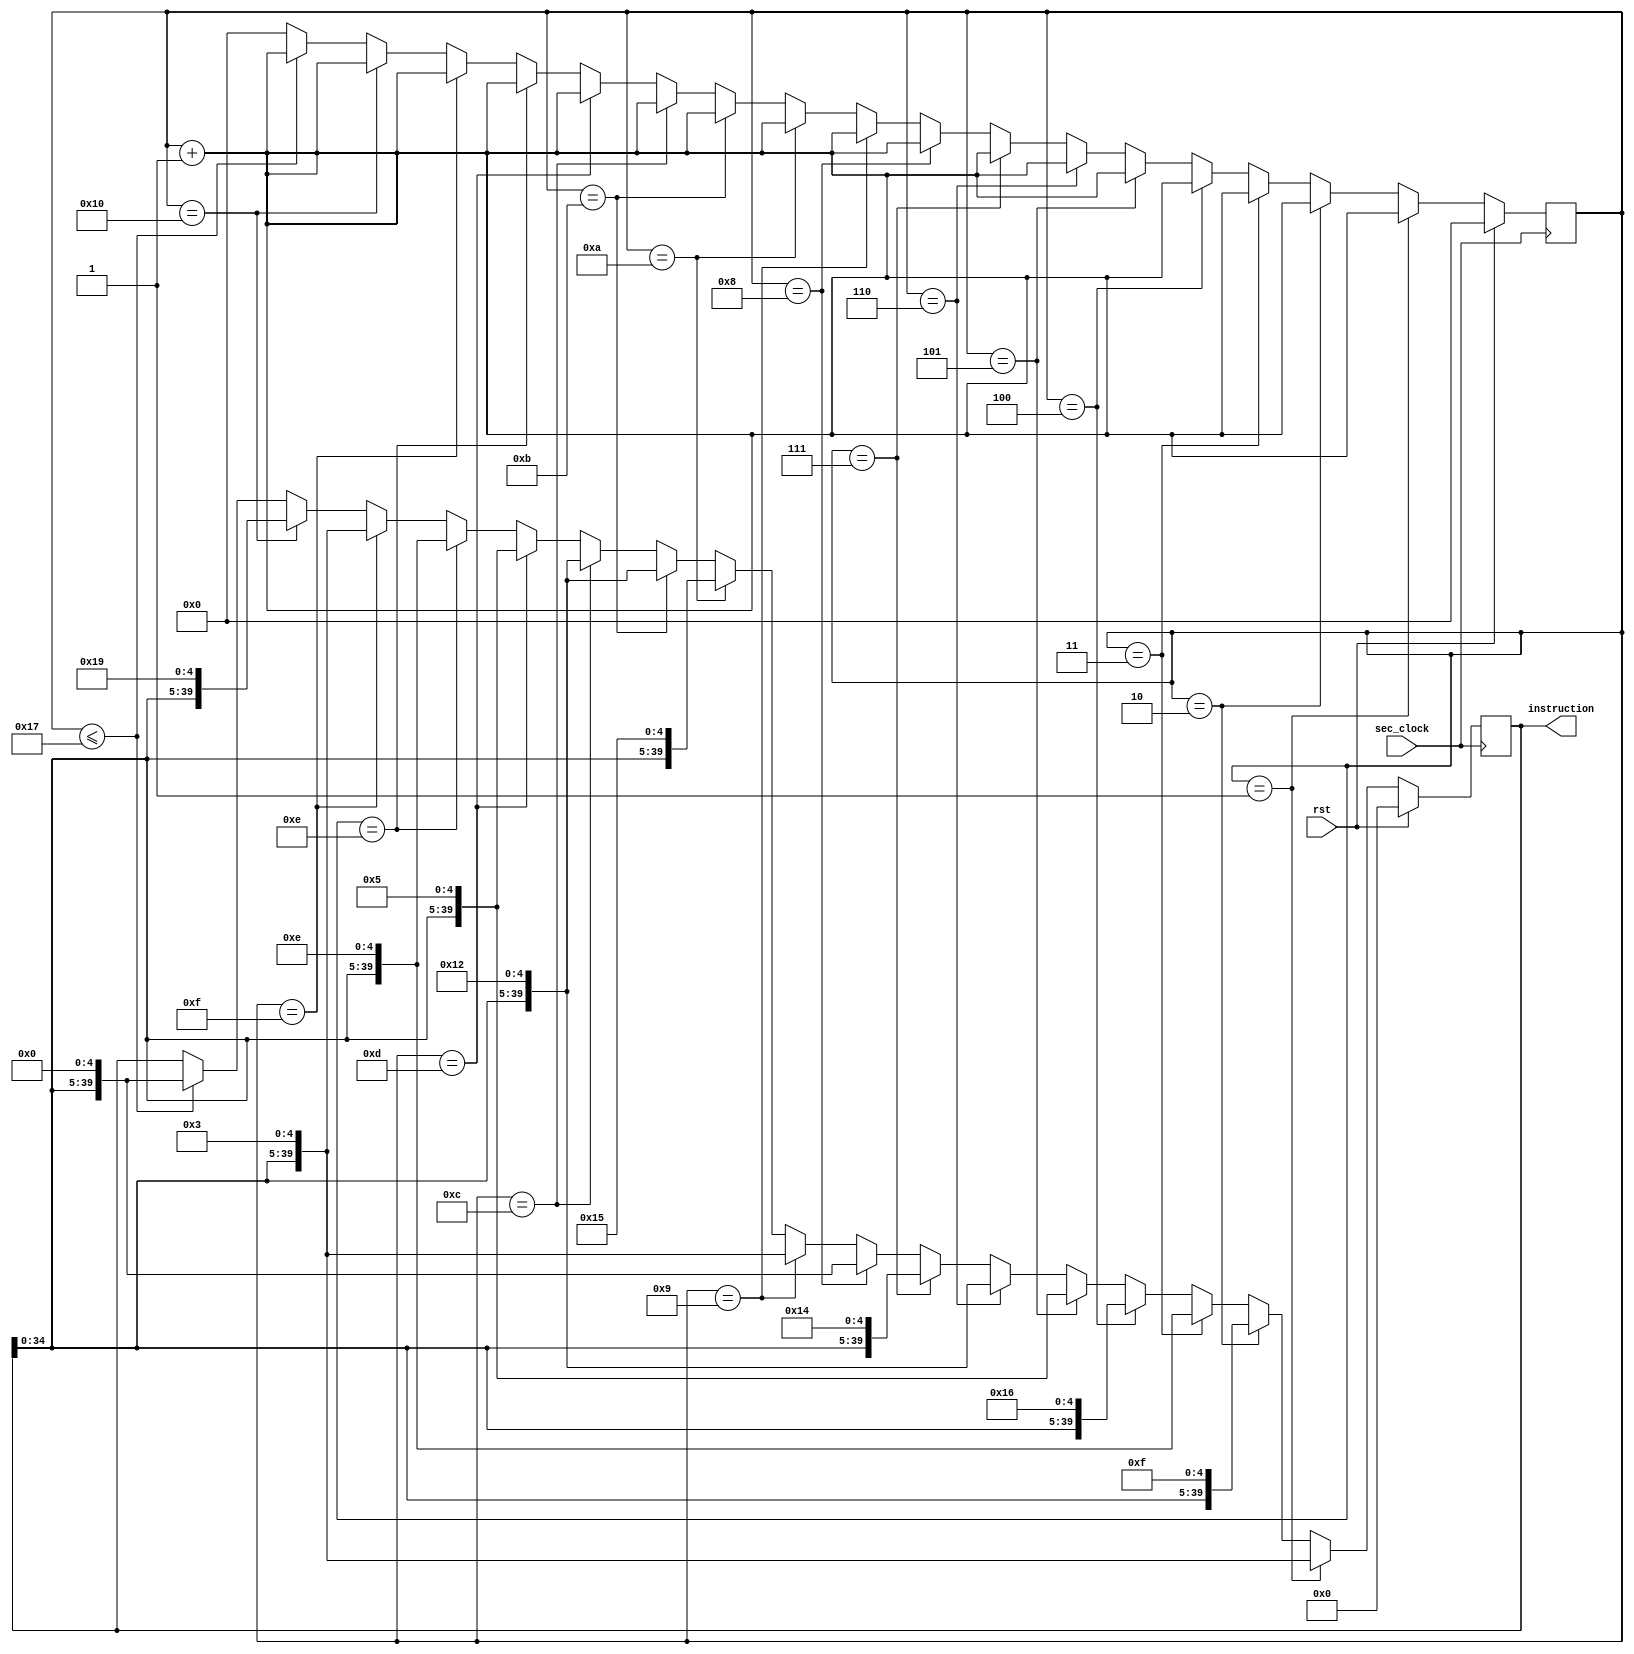
`timescale 1ns / 1ps
//////////////////////////////////////////////////////////////////////////////////
// Company: 
// Engineer: 
// 
// Design Name: 
// Module Name: convert_currency
// Project Name: 
// Target Devices: 
// Tool Versions: 
// Description: 
// 
// Dependencies: 
// 
// Revision:
// Revision 0.01 - File Created
// Additional Comments:
// 
//////////////////////////////////////////////////////////////////////////////////


module convert_currency(
    input sec_clock,
    input rst,
    output [39:0] instruction
    );

    reg[39:0] temp = 40'b0000000000000000000000000000000000000000;
    reg[7:0] count;
    
     always@(posedge sec_clock)
    begin
        if (rst == 1)
        begin
            count <= 0;
            temp = 40'b0000000000000000000000000000000000000000;
        end
        else
        begin
            count <= count + 1;
            if (count == 1)
            begin
                temp = { temp[34:0], 5'b00011};
            end
            else if (count == 2)
            begin
                temp = { temp[34:0], 5'b01111};
            end
            else if (count == 3)
            begin
                temp = { temp[34:0], 5'b01110};
            end
            else if (count == 4)
            begin
                temp = { temp[34:0], 5'b10110};
            end
            else if (count == 5)
            begin
                temp = { temp[34:0], 5'b00101};
            end
            else if (count == 6)
            begin
                temp = { temp[34:0], 5'b10010};
            end
            else if (count == 7)
            begin
                temp = { temp[34:0], 5'b10100};
            end
            else if (count == 8)
            begin
                temp = { temp[34:0], 5'b00000};
            end
            else if (count == 9)
            begin
                temp = { temp[34:0], 5'b00011};
            end
            else if (count == 10)
            begin
                temp = { temp[34:0], 5'b10101};
            end
            else if (count == 11)
            begin
                temp = { temp[34:0], 5'b10010};
            end
            else if (count == 12)
            begin
                temp = { temp[34:0], 5'b10010};
            end
            else if (count == 13)
            begin
                temp = { temp[34:0], 5'b00101};
            end
            else if (count == 14)
            begin
                temp = { temp[34:0], 5'b01110};
            end
            else if (count == 15)
            begin
                temp = { temp[34:0], 5'b00011};
            end
            else if (count == 16)
            begin
                temp = { temp[34:0], 5'b11001};
            end
            else
            begin
                if( count<=23)
                    temp <= { temp[34:0],5'b00000};
                else
                    count <= 0;
            end
        end
    end
    
    assign instruction = temp;
endmodule